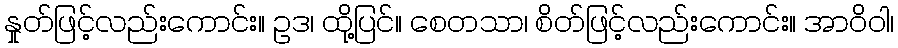
နှုတ်ဖြင့်လည်းကောင်း။ ဥဒ၊ ထို့ပြင်။ စေတသာ၊ စိတ်ဖြင့်လည်းကောင်း။ အာဝိဝါ၊